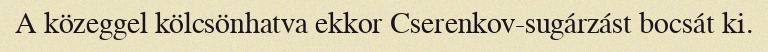
A közeggel kölcsönhatva ekkor Cserenkov-sugárzást bocsát ki.